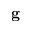
{ \bf g }